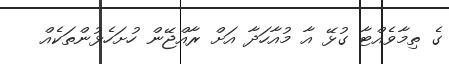
ގެ ތިމާވެއްޓާ ގުޅޭ އާ މުއާހަދާ އަށް ރާއްޖޭން ހުށަހެޅުންތަކެއް